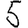
Digit: 5